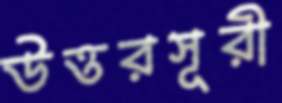
উত্তরসূরী